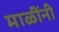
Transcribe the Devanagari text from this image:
माळींनी